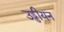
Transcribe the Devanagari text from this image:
उड्डीयन